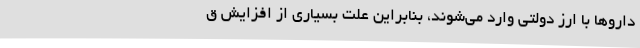
داروها با ارز دولتی وارد می‌شوند، بنابراین علت بسیاری از افزایش ق